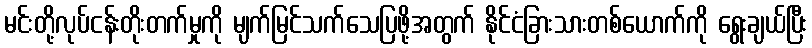
မင်းတို့လုပ်ငန်းတိုးတက်မှုကို မျက်မြင်သက်သေပြဖို့အတွက် နိုင်ငံခြားသားတစ်ယောက်ကို ရွေးချယ်ပြီး